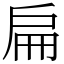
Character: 扁